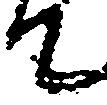
て